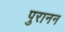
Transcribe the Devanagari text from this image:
पुरानन